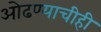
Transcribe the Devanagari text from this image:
ओढण्याचीही